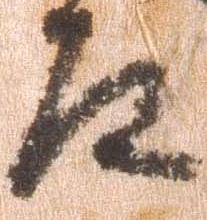
左